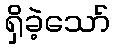
ရှိခဲ့သော်